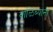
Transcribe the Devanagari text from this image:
वाळिंब्यांनी